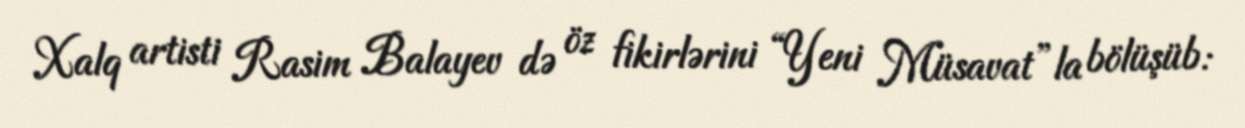
Xalq artisti Rasim Balayev də öz fikirlərini “Yeni Müsavat”la bölüşüb: